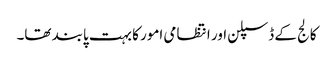
کالج کے ڈسپلن اور انتظامی امور کا بہت پابند تھا۔